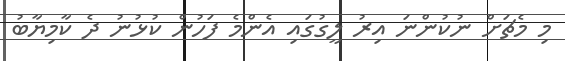
މި މެޗަށް ނުކުންނަ އިރު ލީގުގައި އެންމެ ފަހުން ކުޅުނު ދެ ކާމިޔާބު